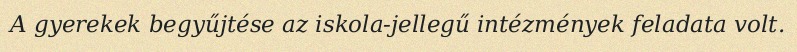
A gyerekek begyűjtése az iskola-jellegű intézmények feladata volt.